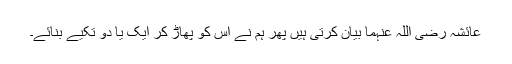
عائشہ رضی اللہ عنہما بیان کرتی ہیں پھر ہم نے اس کو پھاڑ کر ایک یا دو تکیے بنائے۔